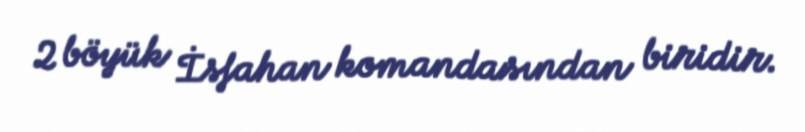
2 böyük İsfahan komandasından biridir.